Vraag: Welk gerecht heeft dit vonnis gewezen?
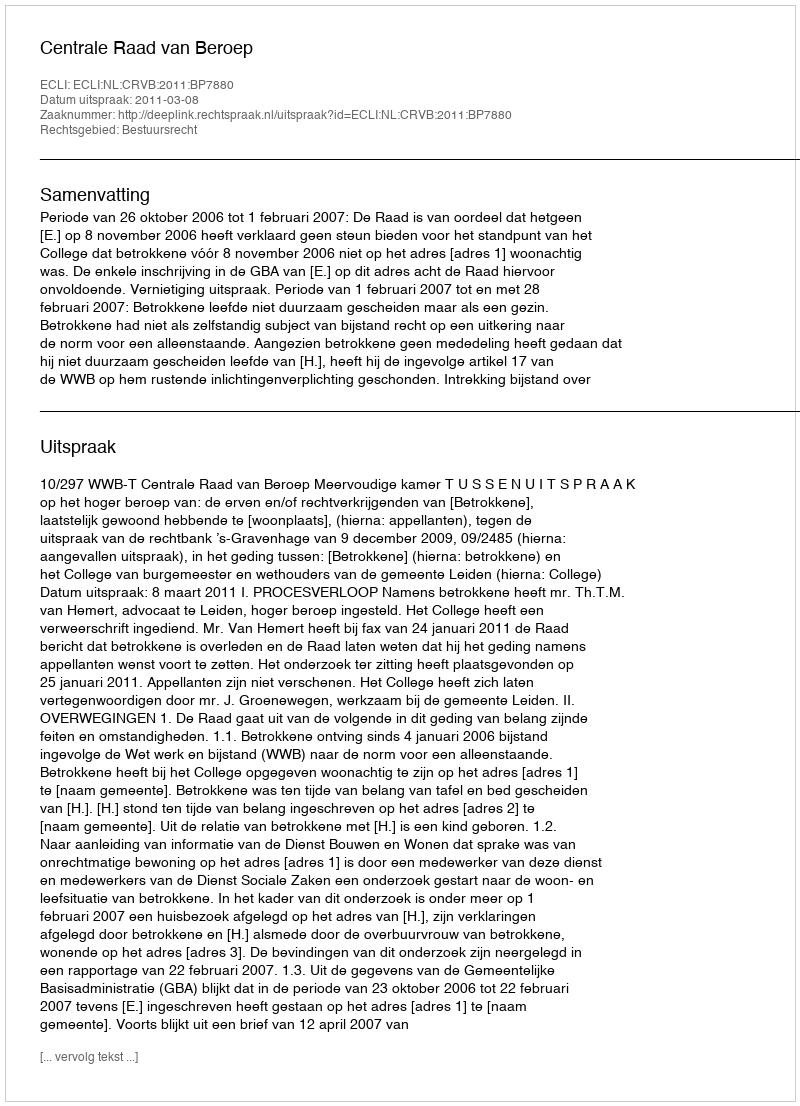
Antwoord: Centrale Raad van Beroep